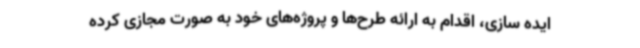
ایده سازی، اقدام به ارائه طرح‌ها و پروژه‌های خود به صورت مجازی کرده